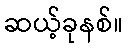
ဆယ့်ခုနစ်။